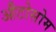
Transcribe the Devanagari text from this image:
औटोसोम